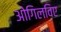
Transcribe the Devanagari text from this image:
ओगिलविए